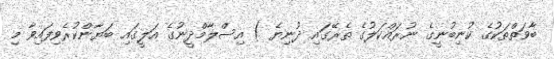
ބާވަތްތަކުގެ ކުނިބުނީގެ ނުރައްކަލުގެ ތެރޭގައި ދުނިޔެ ) އިސްލާމްދީނުގެ އަލީގައި ބަޔާންކުރެވިފައިވާ މި